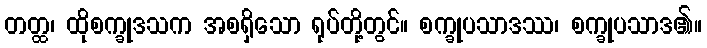
တတ္ထ၊ ထိုစက္ခုဒသက အစရှိသော ရုပ်တို့တွင်။ စက္ခုပသာဒဿ၊ စက္ခုပသာဒ၏။